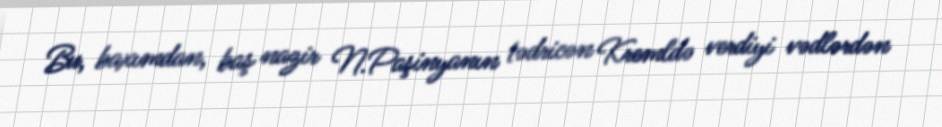
Bu, baxımdan, baş nazir N.Paşinyanın tədricən Kremldə verdiyi vədlərdən